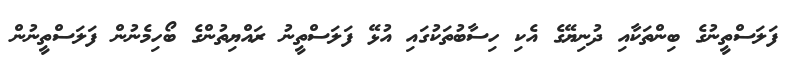
ފަލަސްތީނުގެ ބިންތަކާއި ދުނިޔޭގެ އެކި ހިސާބުތަކުގައި އުޅޭ ފަލަސްތީނު ރައްޔިތުންގެ ބޯހިމެނުން ފަލަސްތީނުން